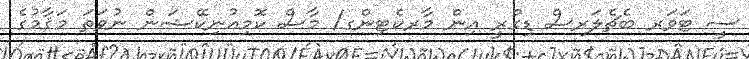
ސީ ޓަވަރ ބެޗެލަރސް ޑިގްރީ އިން މާރކެޓިންގ/ މާސް ކޮމިއުނިކޭޝަން ނުވަތަ މަޤާމުގެ